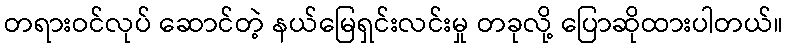
တရားဝင်လုပ် ဆောင်တဲ့ နယ်မြေရှင်းလင်းမှု တခုလို့ ပြောဆိုထားပါတယ်။